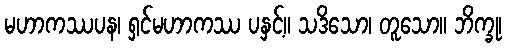
မဟာကဿပန၊ ရှင်မဟာကဿ ပနှင့်။ သဒိသော၊ တူသော။ ဘိက္ခု၊